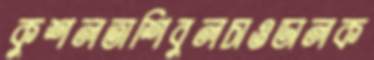
কুশলতাশিবুলচাওডালক